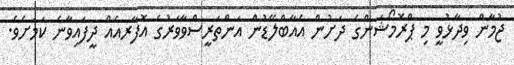
ޖުމާން ވިދާޅުވީ މި ޕްރޮމޯޝަންގެ ދަށުން އެއާބްލޭޑުން އަންތަރީސްވާވަރުގެ އޮފާރއެއް ދީފައިވާނެ ކަމަށެވެ.